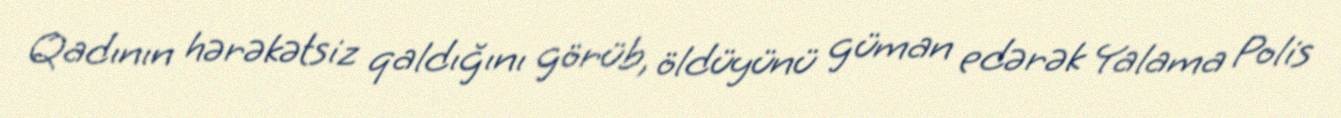
Qadının hərəkətsiz qaldığını görüb, öldüyünü güman edərək Yalama Polis